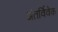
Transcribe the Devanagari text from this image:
अंतर्विवेक